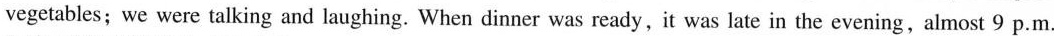
vegetables; we were talking and laughing. When dinner was ready,it was late in the evening,almost 9 p.m.